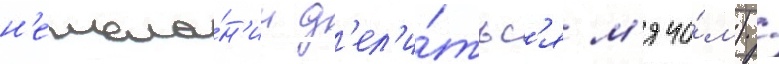
н'ежела́н'ии д'ел'и́тьс'я м'ячо́м) /